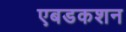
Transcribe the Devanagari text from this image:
एबडकशन